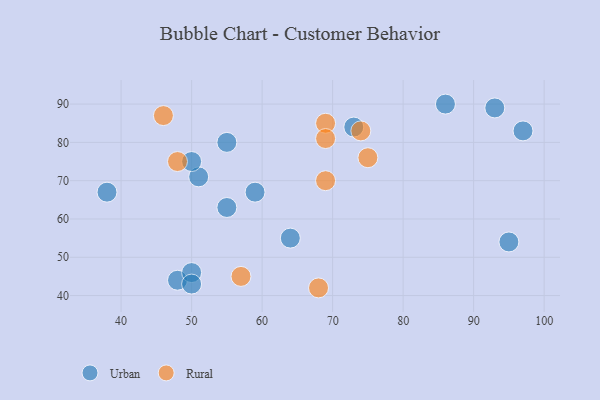
{"axis": {"x": "GDP", "y": "Life Expectancy"}, "legend": ["Rural", "Urban"], "data": [{"x": "86", "y": 90, "type": "Urban"}, {"x": "48", "y": 44, "type": "Urban"}, {"x": "55", "y": 63, "type": "Urban"}, {"x": "38", "y": 67, "type": "Urban"}, {"x": "97", "y": 83, "type": "Urban"}, {"x": "50", "y": 46, "type": "Urban"}, {"x": "73", "y": 84, "type": "Urban"}, {"x": "50", "y": 43, "type": "Urban"}, {"x": "51", "y": 71, "type": "Urban"}, {"x": "55", "y": 80, "type": "Urban"}, {"x": "95", "y": 54, "type": "Urban"}, {"x": "50", "y": 75, "type": "Urban"}, {"x": "59", "y": 67, "type": "Urban"}, {"x": "93", "y": 89, "type": "Urban"}, {"x": "64", "y": 55, "type": "Urban"}, {"x": "69", "y": 85, "type": "Rural"}, {"x": "57", "y": 45, "type": "Rural"}, {"x": "75", "y": 76, "type": "Rural"}, {"x": "69", "y": 70, "type": "Rural"}, {"x": "46", "y": 87, "type": "Rural"}, {"x": "48", "y": 75, "type": "Rural"}, {"x": "74", "y": 83, "type": "Rural"}, {"x": "69", "y": 81, "type": "Rural"}, {"x": "68", "y": 42, "type": "Rural"}]}